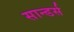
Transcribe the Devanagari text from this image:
सान्डर्स